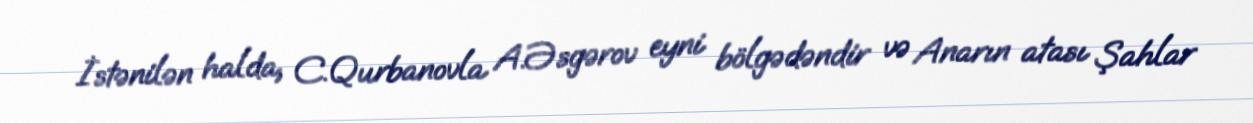
İstənilən halda, C.Qurbanovla A.Əsgərov eyni bölgədəndir və Anarın atası Şahlar